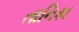
તાનિકા